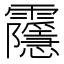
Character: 䨸